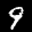
Label: 9